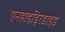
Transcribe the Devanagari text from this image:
एनहाइड्रिडाइड